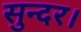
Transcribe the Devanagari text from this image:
सुन्दर।